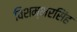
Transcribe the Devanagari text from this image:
विशम्भरसिंह